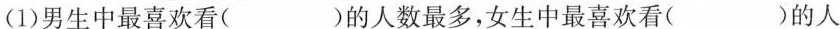
(1)男生中最喜欢看( )的人数最多，女生中最喜欢看( )的人